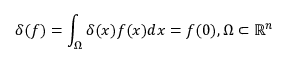
\delta ( f ) = \int _ { \Omega } \delta ( x ) f ( x ) d x = f ( 0 ) , \Omega \subset \mathbb { R } ^ { n }